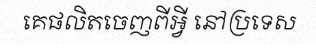
គេផលិតចេញពីអ្វី នៅប្រទេស